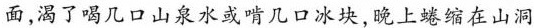
面,渴了喝几口山泉水或啃几口冰块，晚上蜷缩在山洞